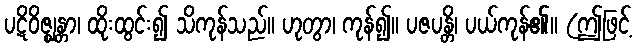
ပဋိဝိဇ္ဈန္တာ၊ ထိုးထွင်း၍ သိကုန်သည်။ ဟုတွာ၊ ကုန်၍။ ပဇပန္တိ၊ ပယ်ကုန်၏။ (ဤဖြင့်